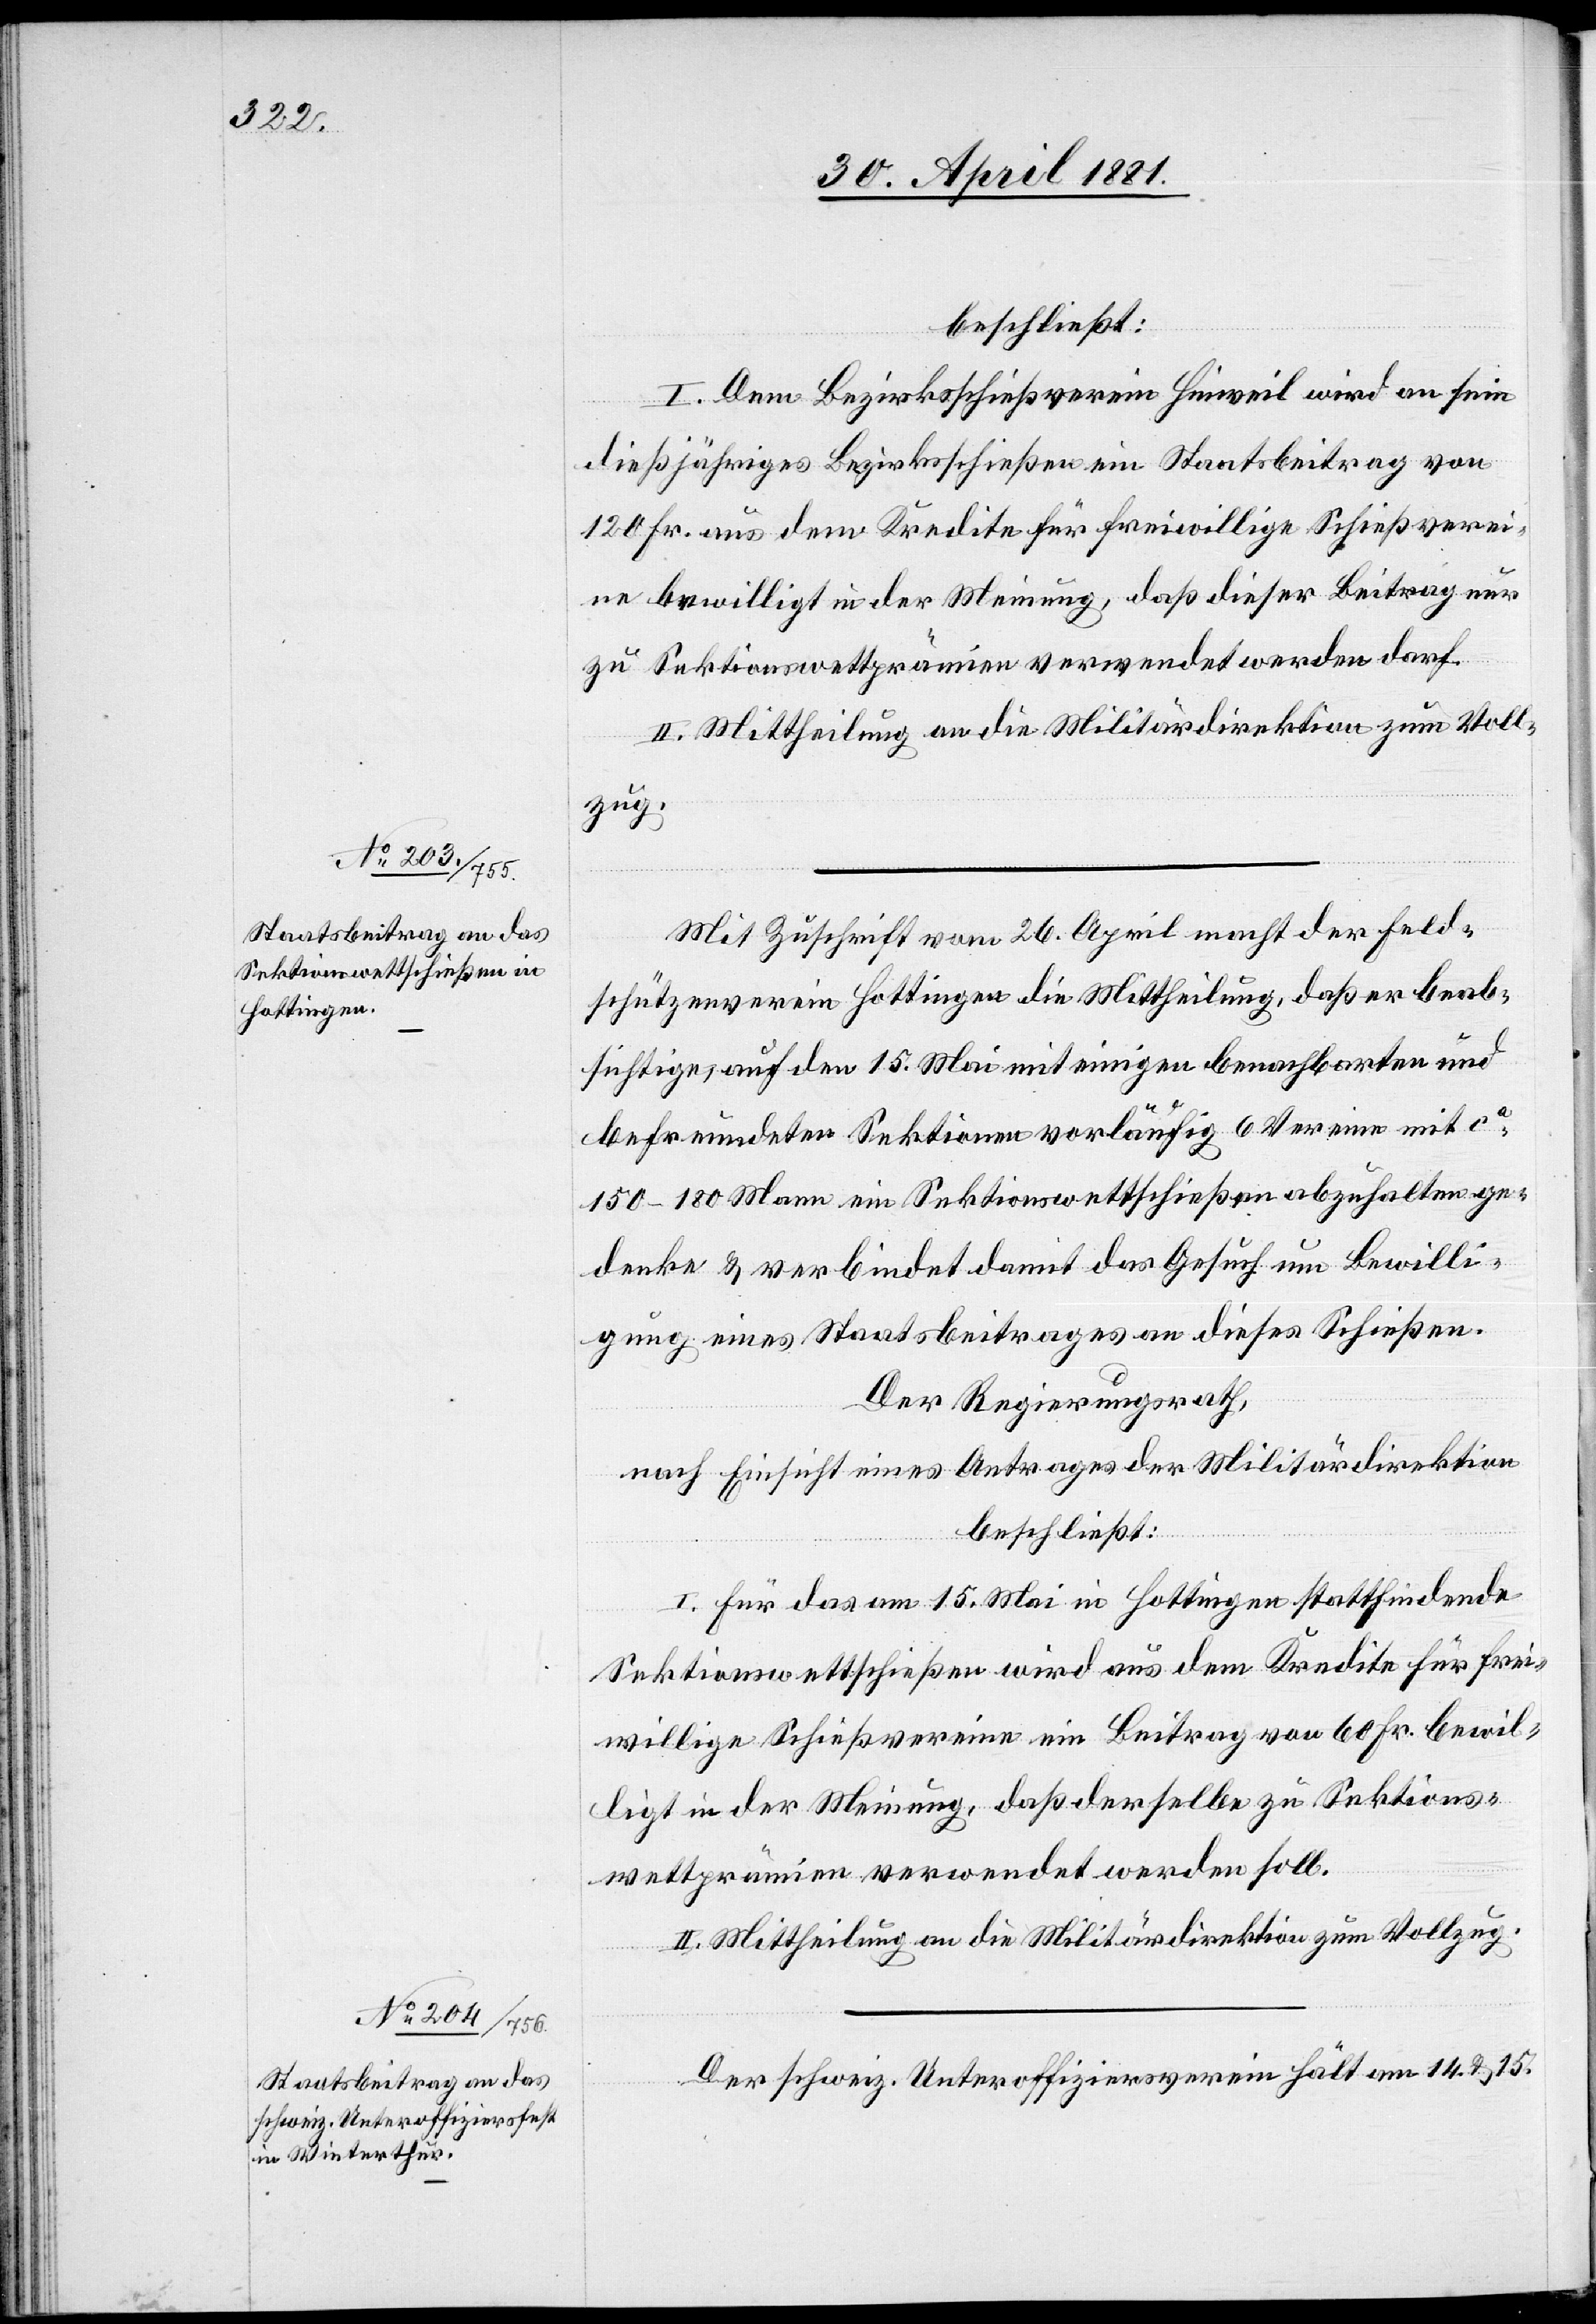
beschließt:
I. Dem Bezirksschießverein Hinweil wird an sein
dießjähriges Bezirksschießen ein Staatsbeitrag von
120 Fr. aus dem Kredite für freiwillige Schießverei¬
ne bewilligt in der Meinung, daß dieser Beitrag nur
zu Sektionswettprämien verwendet werden darf.
II. Mittheilung an die Militärdirektion zum Voll¬
zug.
Mit Zuschrift vom 26. April macht der Feld¬
schützenverein Hottingen die Mittheilung, daß er beab¬
sichtige, auf den 15. Mai mit einigen benachbarten und
befreundeten Sektionen vorläufig 6 Vereine mit ca
150–180 Mann ein Sektionswettschießen abzuhalten ge¬
denke [sic!] & verbindet damit das Gesuch um Bewilli¬
gung eines Staatsbeitrages an dieses Schießen.
Der Regierungsrath,
nach Einsicht eines Antrages der Militärdirektion
beschließt:
I. Für das am 15. Mai in Hottingen stattfindende
Sektionswettschießen wird aus dem Kredite für frei¬
willige Schießvereine ein Beitrag von 60 Fr. bewil¬
ligt in der Meinung, daß derselbe zu Sektions¬
wettprämien verwendet werden soll.
Der schweiz. Unteroffiziersverein hält am 14. & 15.